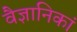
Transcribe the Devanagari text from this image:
वैज्ञानिकां